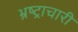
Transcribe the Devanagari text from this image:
भ्रष्ट्राचारी